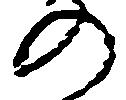
の